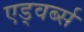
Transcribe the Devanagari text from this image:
एड्वर्ब्स